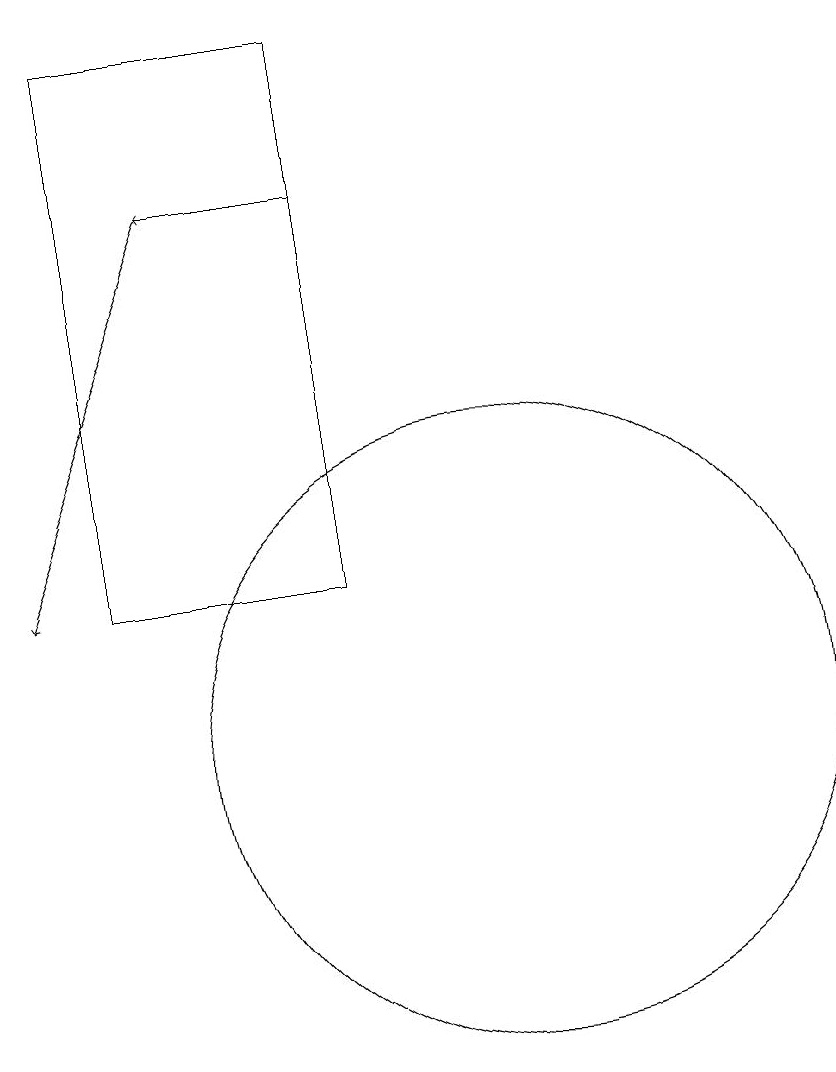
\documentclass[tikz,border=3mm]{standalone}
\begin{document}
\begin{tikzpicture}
\draw[->] (8,17) -- (6,17);
\draw[->] (6,17) -- (4,12);
\draw (8,12) rectangle (5,19);
\draw (10,10) circle (4);
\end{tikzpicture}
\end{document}